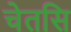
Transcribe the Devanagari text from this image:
चेतसि